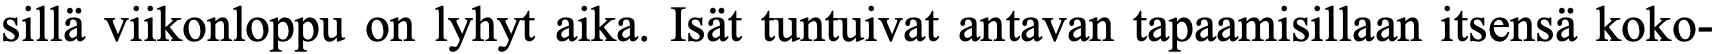
sillä viikonloppu on lyhyt aika. Isät tuntuivat antavan tapaamisillaan itsensä koko-